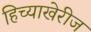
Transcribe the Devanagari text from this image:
हिच्याखेरीज